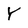
Character: Y